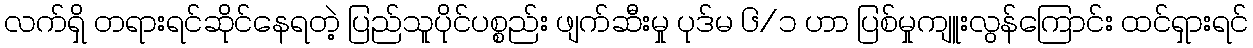
လက်ရှိ တရားရင်ဆိုင်နေရတဲ့ ပြည်သူပိုင်ပစ္စည်း ဖျက်ဆီးမှု ပုဒ်မ ၆/၁ ဟာ ပြစ်မှုကျူးလွန်ကြောင်း ထင်ရှားရင်